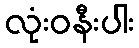
လုံးဝနီးပါး